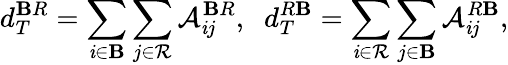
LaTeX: d_{T}^{\mathbf{B}R}=\sum_{\mathit{i}\in\mathcal{{\mathbf{B}}}}\sum_{j\in\mathcal{{R}}}\mathcal{{A}}_{\mathit{i}j}^{\mathbf{B}R},\; \; d_{T}^{R\mathbf{B}}=\sum_{\mathit{i}\in\mathcal{{R}}}\sum_{j\in\mathcal{{\mathbf{B}}}}\mathcal{{A}}_{\mathit{i}j}^{R\mathbf{B}},